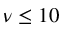
\nu \leq 1 0